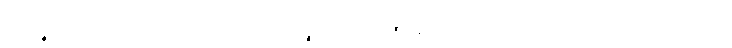
ကိတ္တိဉ္စ၊ ကျော်စောခြင်းကိုလည်းကောင်း။ သုခဉ္စ၊ ကိုယ်စိတ်၏ ချမ်းသာခြင်းကိုလည်းကောင်း။ ယံ ယထာ ယေန